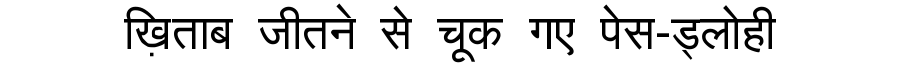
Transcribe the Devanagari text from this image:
ख़िताब जीतने से चूक गए पेस-ड्लोही